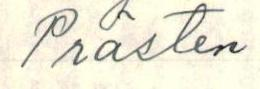
Prästen.